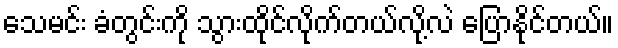
သေမင်း ခံတွင်းကို သွားထိုင်လိုက်တယ်လို့လဲ ပြောနိုင်တယ်။